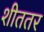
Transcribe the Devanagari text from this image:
शीततर